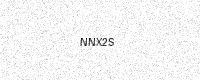
Text: NNX2S